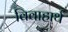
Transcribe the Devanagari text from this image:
विवाहार्थ